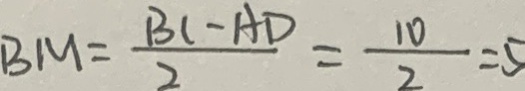
B M = \frac { B C - A D } { 2 } = \frac { 1 0 } { 2 } = 5